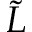
\tilde { L }